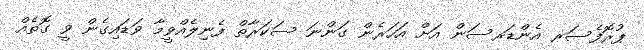
ޕުރޮފެސަރ އެންޑަރސަން އަށް އަހަރެން ގަންނަ ސަކަރާތް ފެނިލެއްވީމާ ވަޑައިގެން ވީ ގޮތެއް